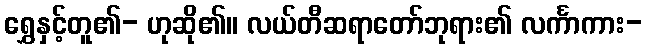
ရွှေနှင့်တူ၏- ဟုဆို၏။ လယ်တီဆရာတော်ဘုရား၏ လင်္ကာကား-